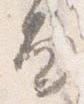
面